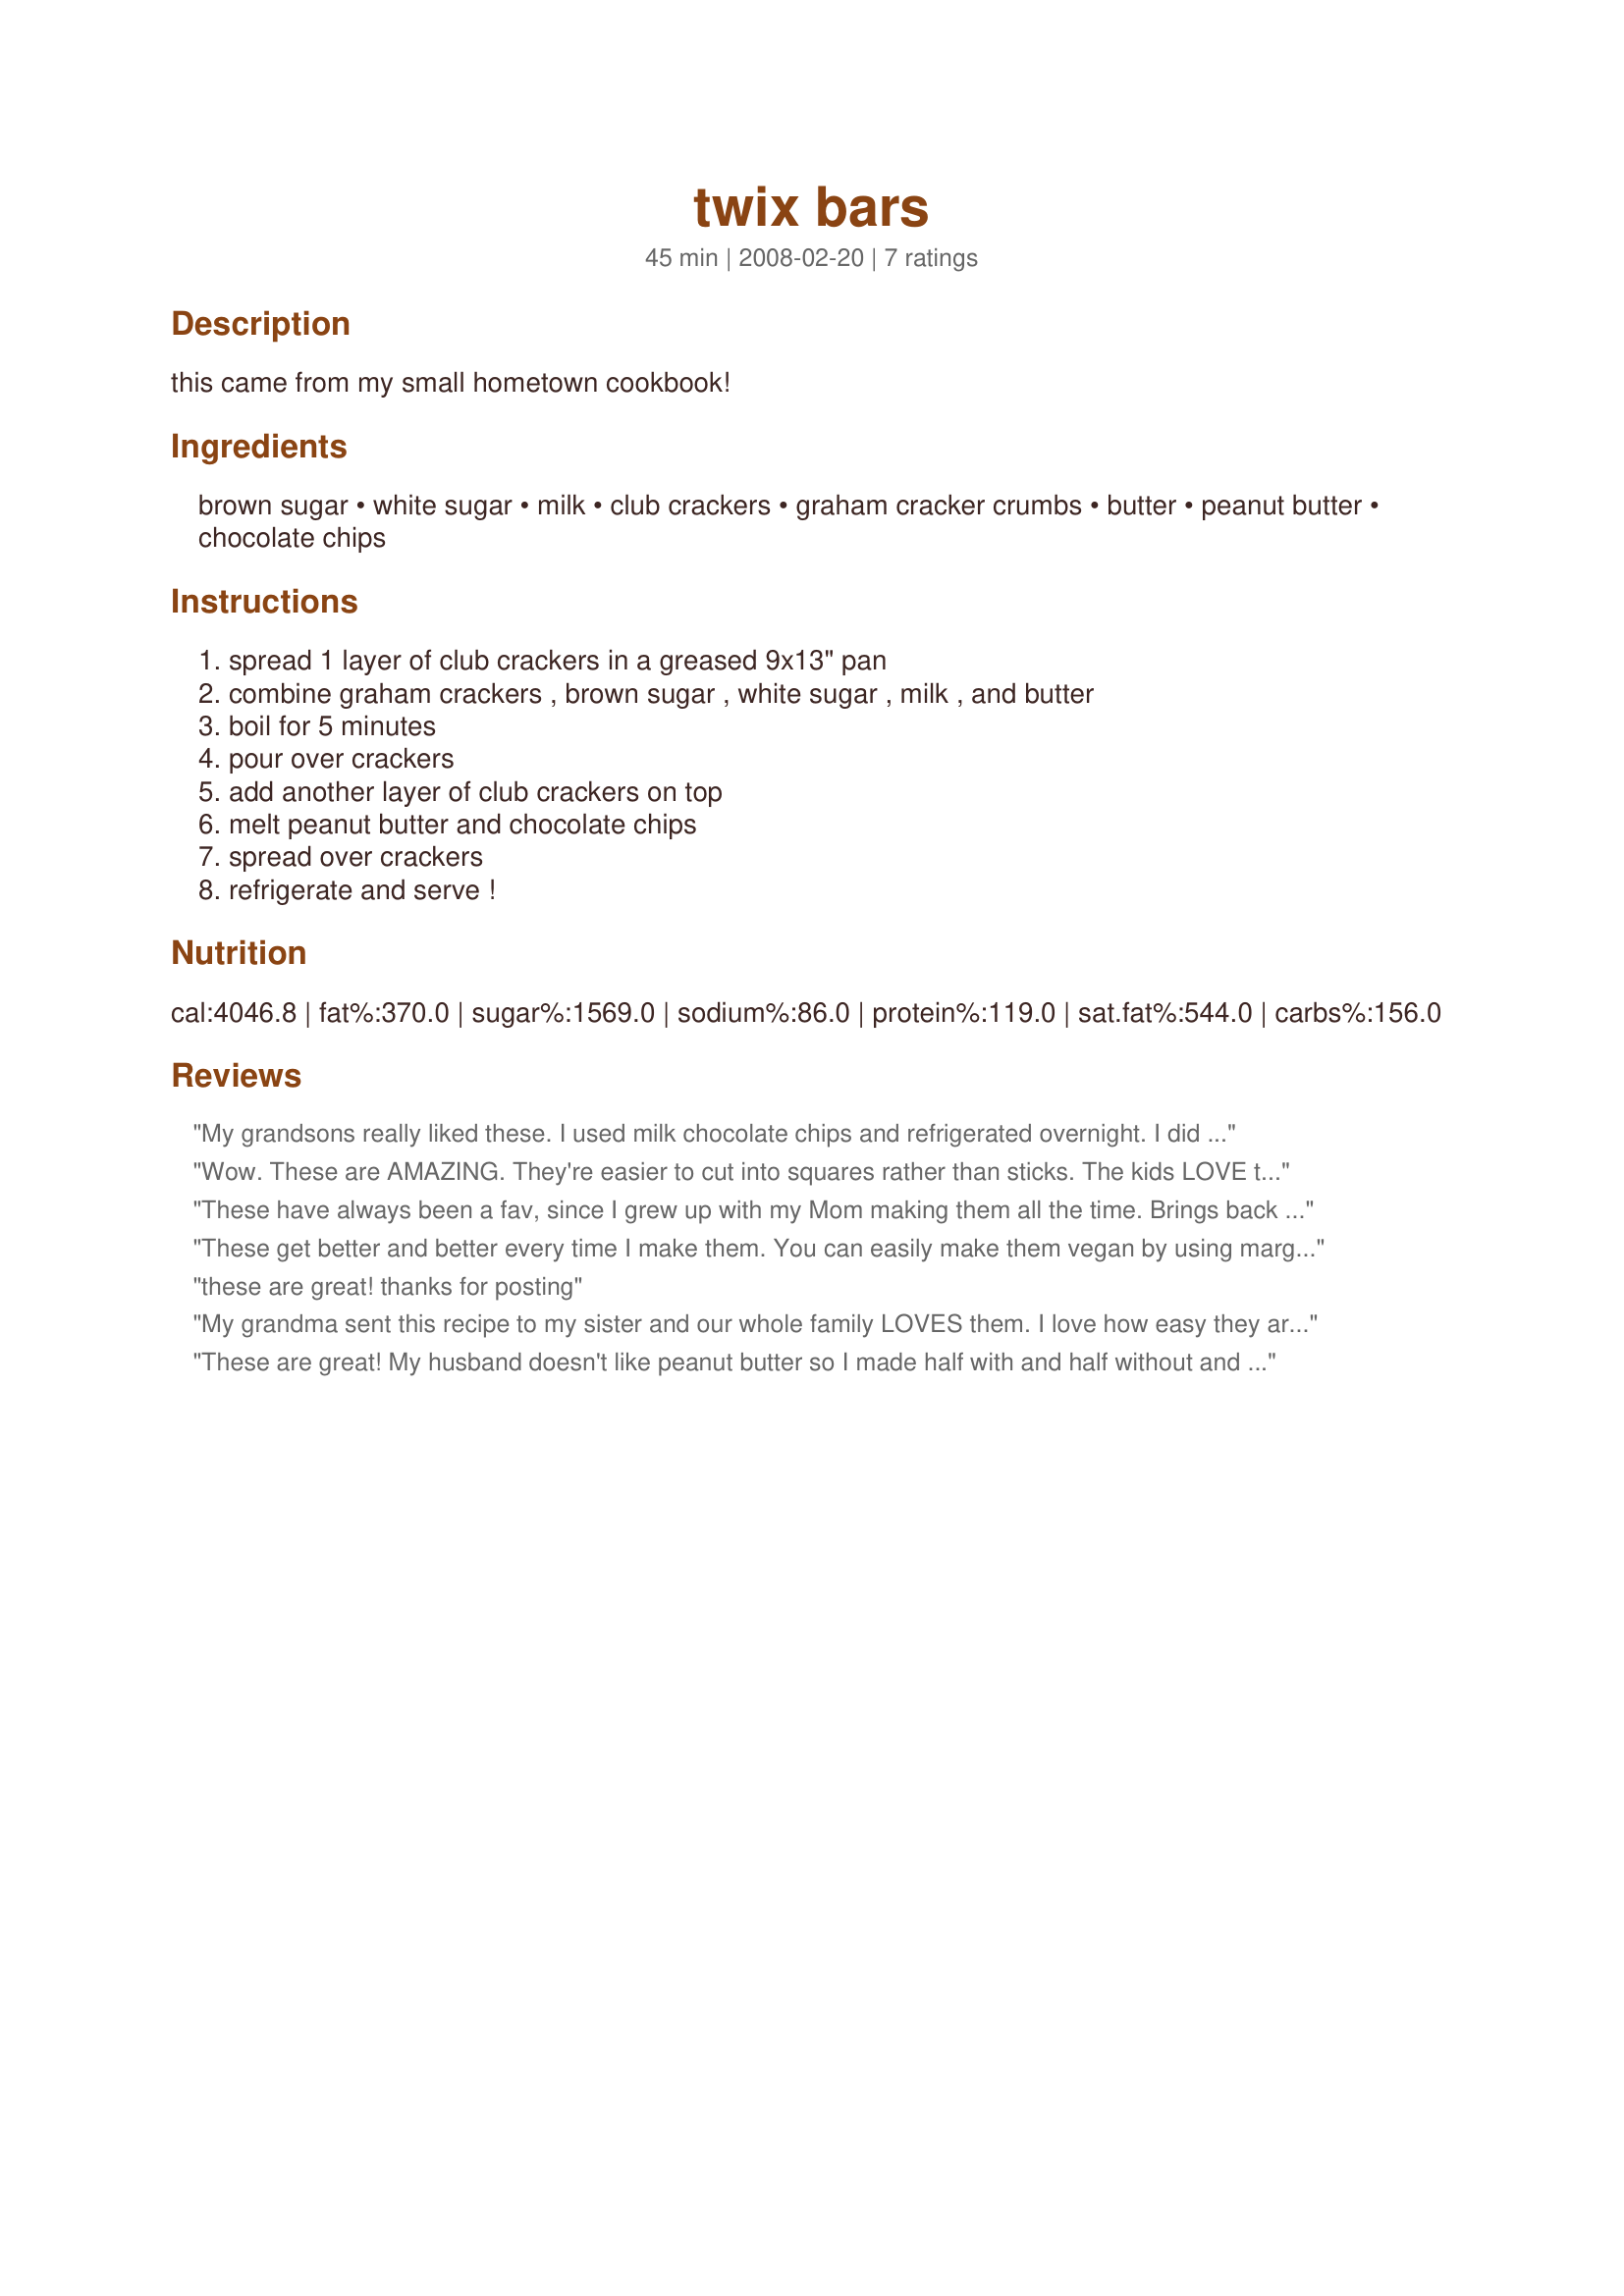
twix bars
Preparation time: 45 minutes

this came from my small hometown cookbook!

Ingredients:
brown sugar, white sugar, milk, club crackers, graham cracker crumbs, butter, peanut butter, chocolate chips

Steps:
spread 1 layer of club crackers in a greased 9x13" pan, combine graham crackers , brown sugar , white sugar , milk , and butter, boil for 5 minutes, pour over crackers, add another layer of club crackers on top, melt peanut butter and chocolate chips, spread over crackers, refrigerate and serve !

Reviews:
My grandsons really liked these. I used milk chocolate chips and refrigerated overnight. I did have to let them sit a bit before cutting. After sitting out chocolate started to melt so I did store in refrigerator. Everyone enjoyed these and they are very easy to make.
Wow. These are AMAZING. They're easier to cut into squares rather than sticks. The kids LOVE these!
These have always been a fav, since I grew up with my Mom making them all the time. Brings back such good memories! Thanks for posting such a yummy treat!
These get better and better every time I make them. You can easily make them vegan by using margarine and soy or rice milk - fantastic! Only thing I would recommend against is the "boiling for 5 minutes" part - we did this the first time and it became hard and very difficult to work with. It takes no time at all to turn to caramel. Also, I bought crackers that are similar to club crackers but are scored like graham crackers and I break them up before placing in the pan. Makes it much easier to separate afterwards. Excellent recipe!
these are great! thanks for posting
My grandma sent this recipe to my sister and our whole family LOVES them. I love how easy they are to make!
These are great! My husband doesn't like peanut butter so I made half with and half without and they're both great! Thanks for sharing this gem!
